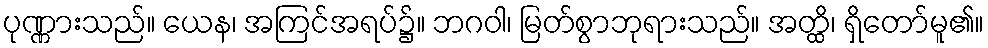
ပုဏ္ဏားသည်။ ယေန၊ အကြင်အရပ်၌။ ဘဂဝါ၊ မြတ်စွာဘုရားသည်။ အတ္ထိ၊ ရှိတော်မူ၏။